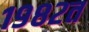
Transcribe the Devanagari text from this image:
१९८२त